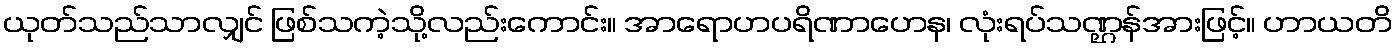
ယုတ်သည်သာလျှင် ဖြစ်သကဲ့သို့လည်းကောင်း။ အာရောဟပရိဏာဟေန၊ လုံးရပ်သဏ္ဌန်အားဖြင့်။ ဟာယတိ